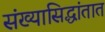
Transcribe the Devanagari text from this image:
संख्यासिद्धांतात